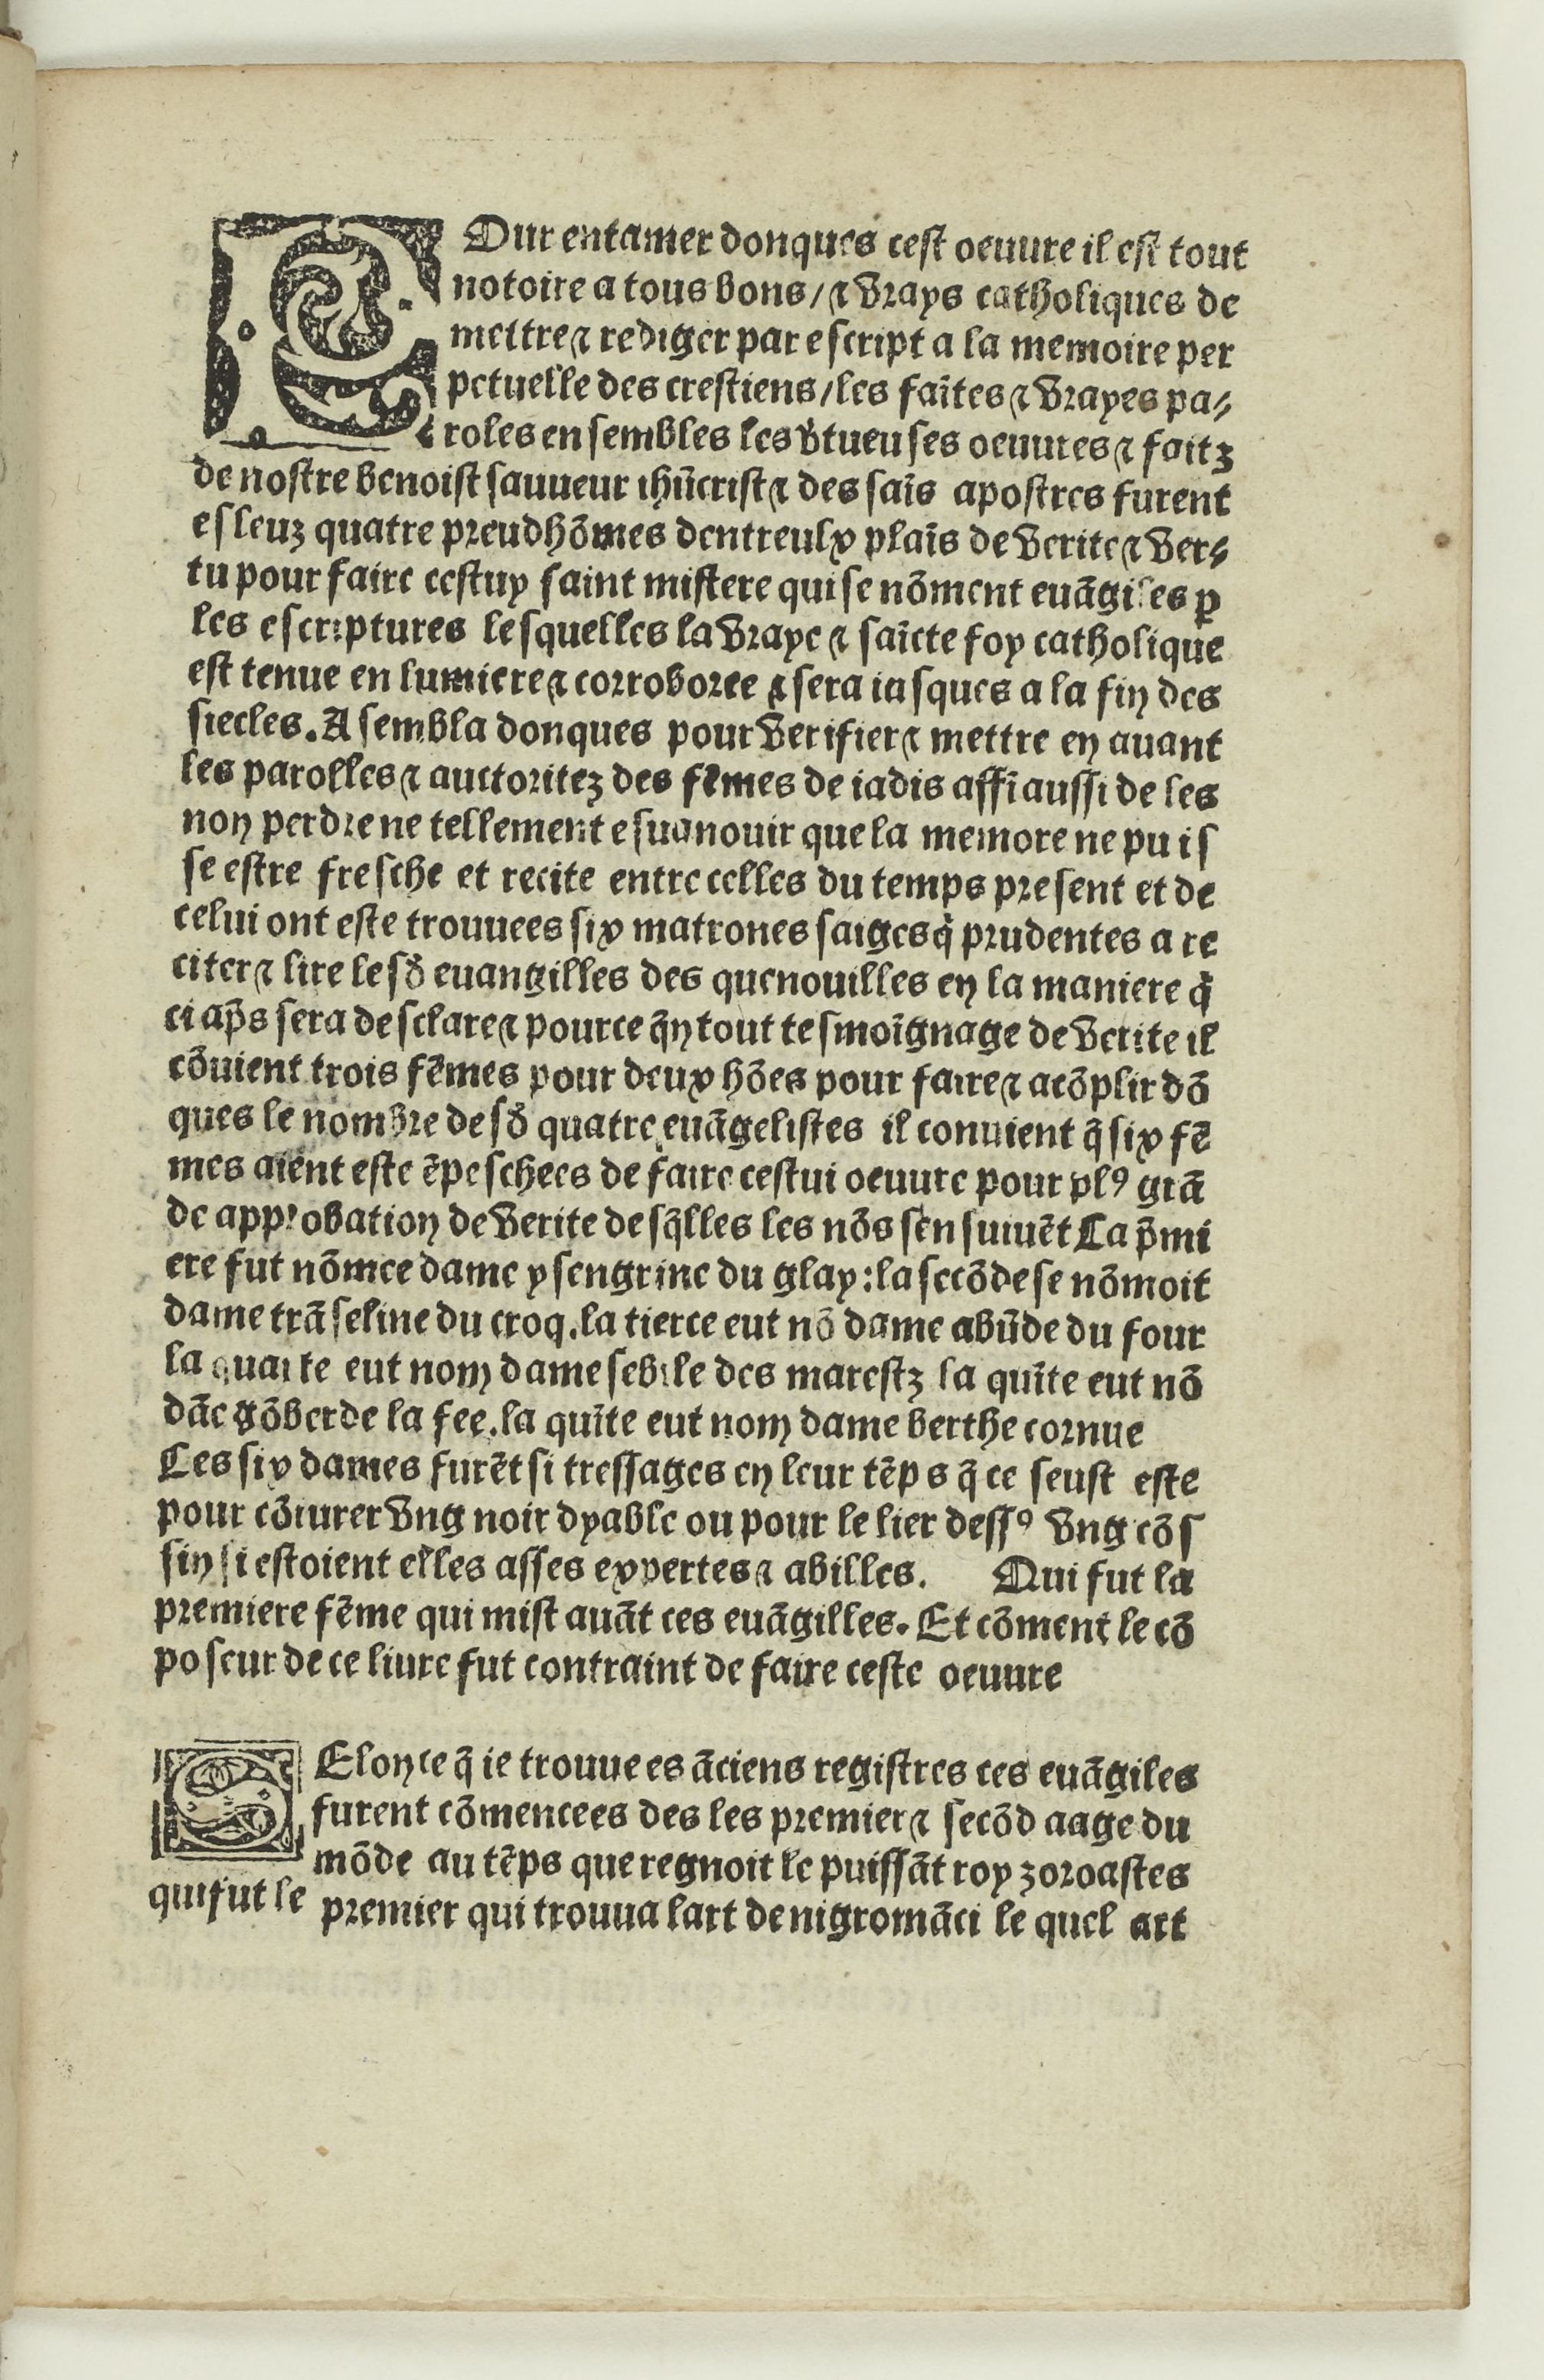
Shelfmark: Paris, BnF, Rés. Y2-733
Century: 16